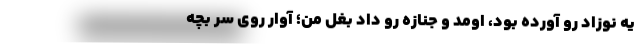
يه نوزاد رو آورده بود، اومد و جنازه رو داد بغل من؛ آوار روي سر بچه